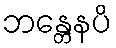
ဘန္တေနပိ